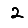
Digit: 2